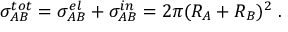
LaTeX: \sigma _ { A B } ^ { t o t } = \sigma _ { A B } ^ { e l } + \sigma _ { A B } ^ { i n } = 2 \pi ( R _ { A } + R _ { B } ) ^ { 2 } \; .